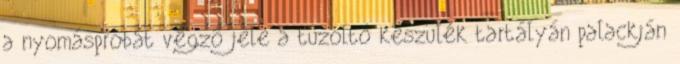
a nyomáspróbát végzõ jele a tûzoltó készülék tartályán palackján